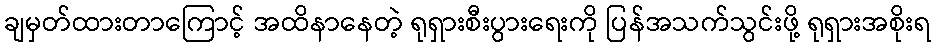
ချမှတ်ထားတာကြောင့် အထိနာနေတဲ့ ရုရှားစီးပွားရေးကို ပြန်အသက်သွင်းဖို့ ရုရှားအစိုးရ